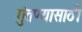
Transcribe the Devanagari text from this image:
गुंतण्यासाठी